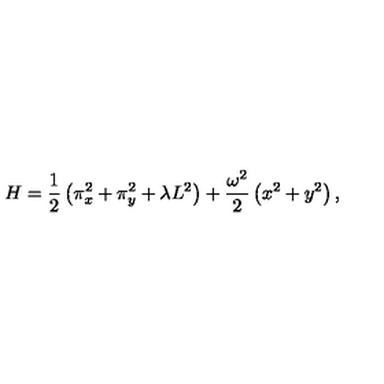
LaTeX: H = \frac { 1 } { 2 } \left( \pi _ { x } ^ { 2 } + \pi _ { y } ^ { 2 } + \lambda L ^ { 2 } \right) + \frac { \omega ^ { 2 } } { 2 } \left( x ^ { 2 } + y ^ { 2 } \right) ,